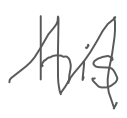
Text: his
Cross-out: mix
Writing tool: digital_gray